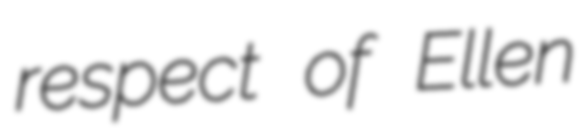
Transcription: respect of Ellen